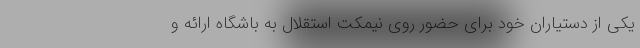
یکی از دستیاران خود برای حضور روی نیمکت استقلال به باشگاه ارائه و